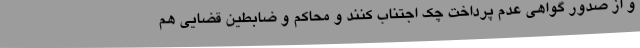
و از صدور گواهی عدم پرداخت چک اجتناب کنند و محاکم و ضابطین قضایی هم